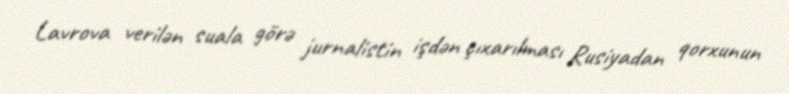
Lavrova verilən suala görə jurnalistin işdən çıxarılması Rusiyadan qorxunun